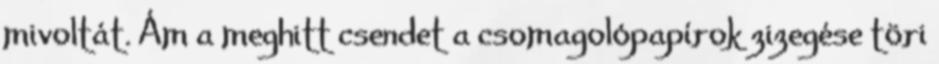
mivoltát. Ám a meghitt csendet a csomagolópapírok zizegése töri